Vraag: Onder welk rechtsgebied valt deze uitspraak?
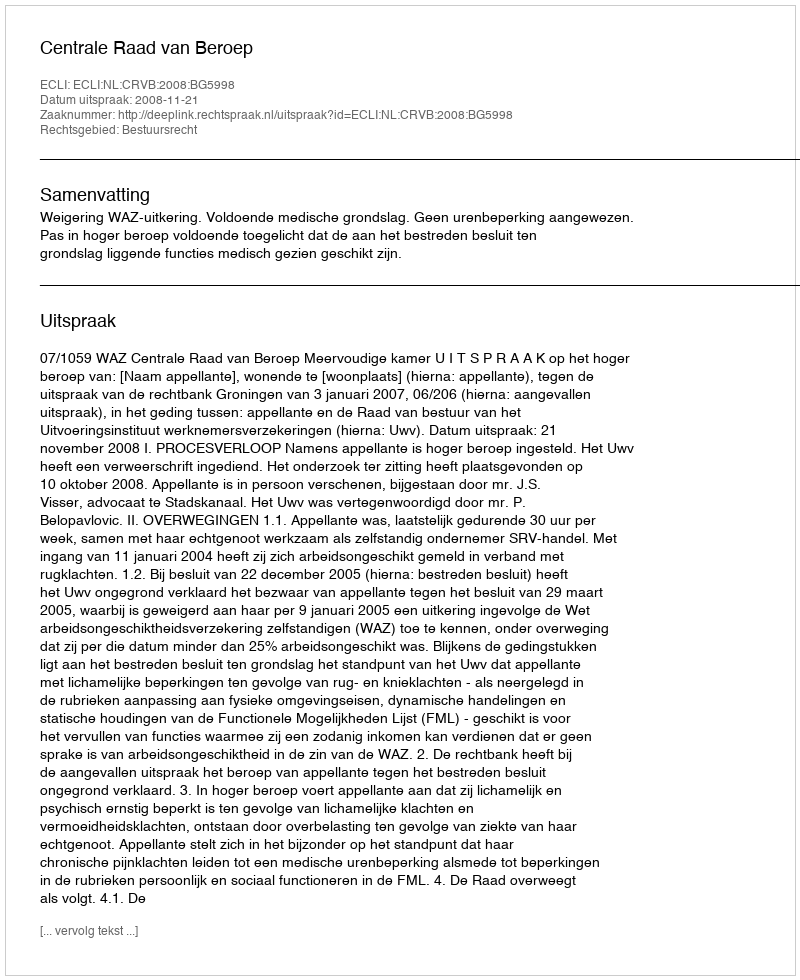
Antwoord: Bestuursrecht